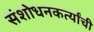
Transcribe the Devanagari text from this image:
संशोधनकर्त्यांची